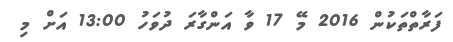
ފަރާތްތަކުން 2016 މޭ 17 ވާ އަންގާރަ ދުވަހު 13:00 އަށް މި